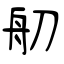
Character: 舠